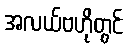
အလယ်ဗဟိုတွင်